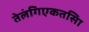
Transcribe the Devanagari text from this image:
तेलंगिएकतसिा